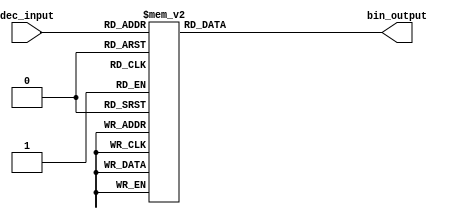
module decimal_to_binary_encoder (
    input  wire [3:0] dec_input,  // 4-bit decimal input (0-9)
    output reg  [3:0] bin_output   // 4-bit binary output
);

// Always block to handle input changes
always @(*) begin
    case (dec_input)
        4'b0000: bin_output = 4'b0000; // Decimal 0
        4'b0001: bin_output = 4'b0001; // Decimal 1
        4'b0010: bin_output = 4'b0010; // Decimal 2
        4'b0011: bin_output = 4'b0011; // Decimal 3
        4'b0100: bin_output = 4'b0100; // Decimal 4
        4'b0101: bin_output = 4'b0101; // Decimal 5
        4'b0110: bin_output = 4'b0110; // Decimal 6
        4'b0111: bin_output = 4'b0111; // Decimal 7
        4'b1000: bin_output = 4'b1000; // Decimal 8
        4'b1001: bin_output = 4'b1001; // Decimal 9
        default: bin_output = 4'b1111;  // Invalid input (10-15)
    endcase
end

endmodule